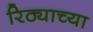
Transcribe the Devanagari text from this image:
रिठ्याच्या